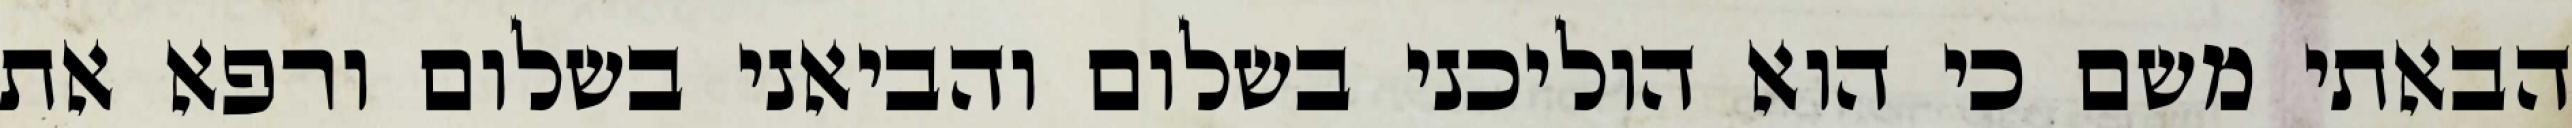
הבאתי משם כי הוא הוליכני בשלום והביאני בשלום ורפא את